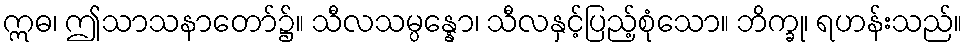
ဣဓ၊ ဤသာသနာတော်၌။ သီလသမ္ပန္နော၊ သီလနှင့်ပြည့်စုံသော။ ဘိက္ခု၊ ရဟန်းသည်။